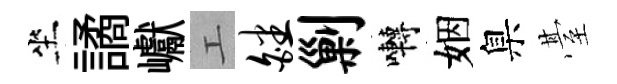
坐譎巘工皤剿囀姻臬䑓